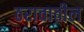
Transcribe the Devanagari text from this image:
ठरावातील